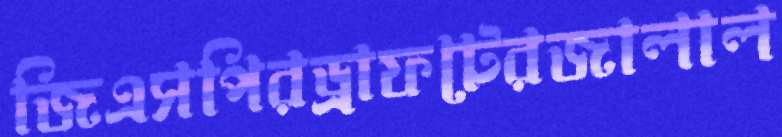
জিএসপিরড্রাফটেরজালাল